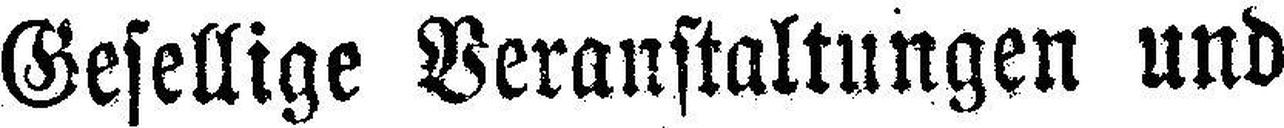
Gesellige Veranstaltungen und